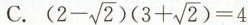
B.$$ $$(2- \sqrt{2})(3+ \sqrt{2})=4$$